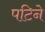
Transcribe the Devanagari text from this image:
पटिने